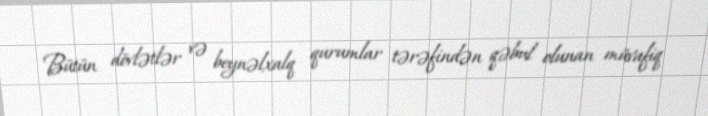
Bütün dövlətlər və beynəlxalq qurumlar tərəfindən qəbul olunan müvafiq